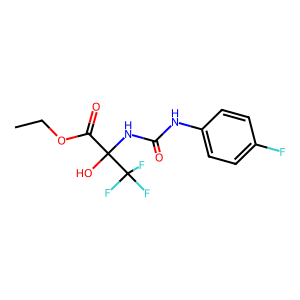
SMILES: CCOC(=O)C(O)(NC(=O)Nc1ccc(F)cc1)C(F)(F)F
Inhibits HIV replication: No